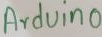
Text: Arduino